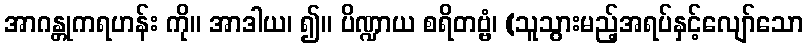
အာဂန္တုကရဟန်း ကို။ အာဒါယ၊ ၍။ ပိဏ္ဍာယ စရိတဗ္ဗံ၊ (သူသွားမည့်အရပ်နှင့်လျော်သော